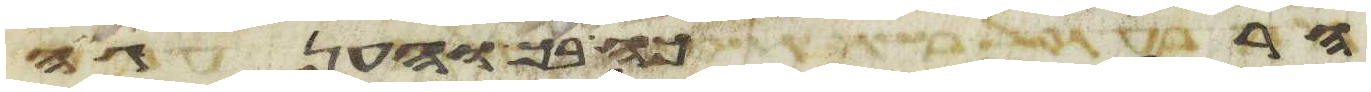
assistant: הרכה בך והענגה